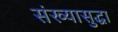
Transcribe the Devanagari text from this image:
संख्यासुद्धा